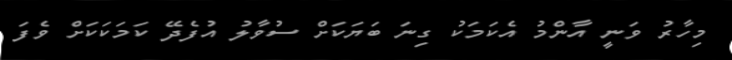
މިހާރު ވަނީ އާންމު އެކަމަކު ގިނަ ބަޔަކަށް ސުވާލު އުފެދޭ ކަމަކަކަށް ވެފަ